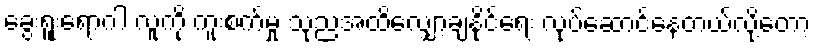
ခွေးရူးရောဂါ လူကို ကူးစက်မှု သုညအထိလျှော့ချနိုင်ရေး လုပ်ဆောင်နေတယ်လို့တော့